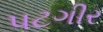
પટગીર